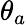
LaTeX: \theta_{a}